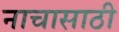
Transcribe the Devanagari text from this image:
नाचासाठी